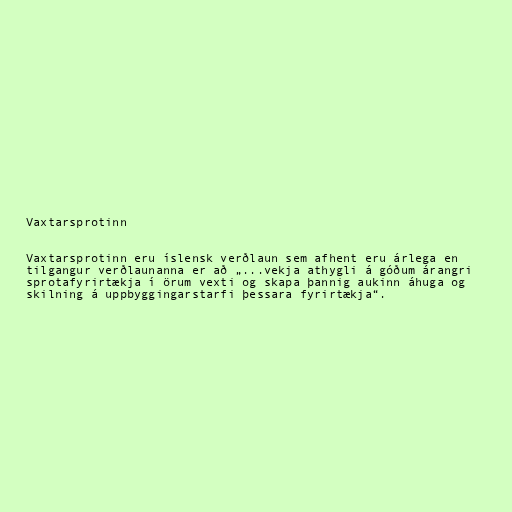
Vaxtarsprotinn

Vaxtarsprotinn eru íslensk verðlaun sem afhent eru árlega en
tilgangur verðlaunanna er að „...vekja athygli á góðum árangri
sprotafyrirtækja í örum vexti og skapa þannig aukinn áhuga og
skilning á uppbyggingarstarfi þessara fyrirtækja“.